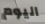
اليوم